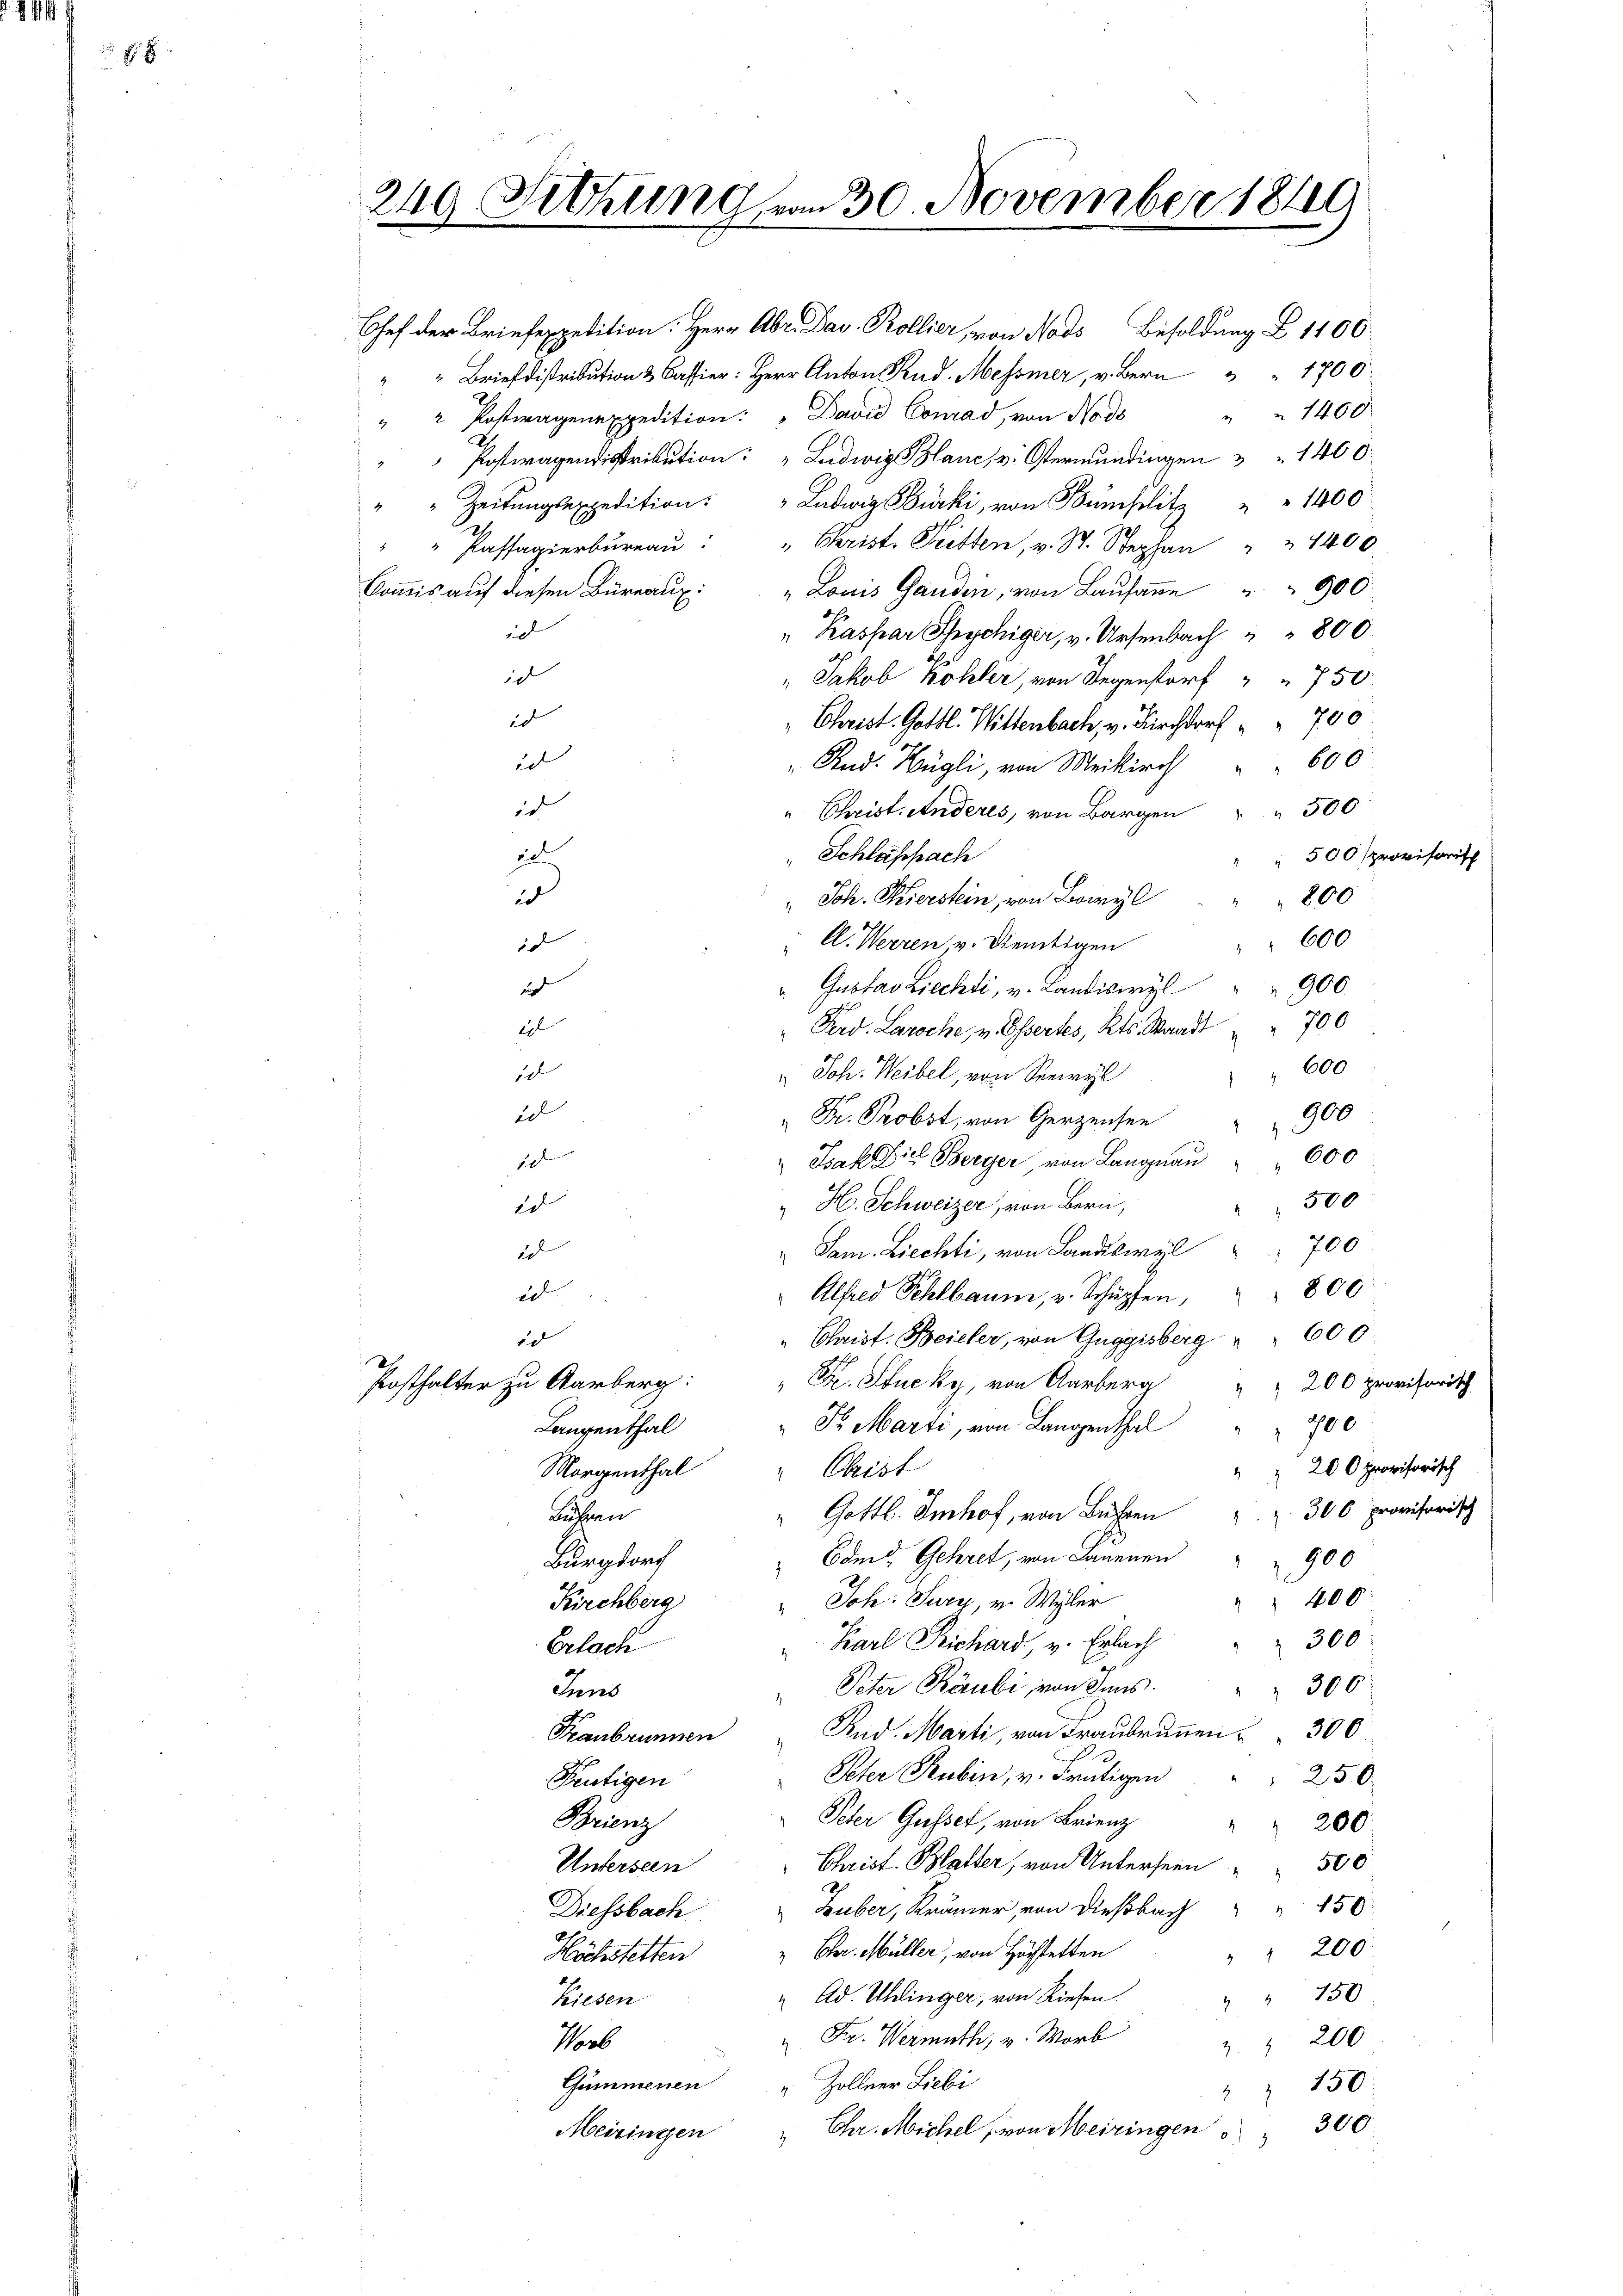
8 x

1400
" 2 Postwagenexpedition: "David Conrad, von Nods
Posttragendistribution: "Ludwig Blanc, v. Ostermundingen " " 1400
eitŭngsepedition: Ludwig Birk von Bumplitz " " 1400
"" Passagierbŭraŭ: " Christe Pretten, v. St. Stephan " " 1400
Commis auf diesen Büreaux: "Louis Ganden, von Lausanne " " 900
id
" Kaspar Shrychiger, v. Ursenbach " " 800
id
" Jakob Köhler, von Gegenstorf " " 750
id
" Christ. Gottl. Wittenbach, u. Kirchdorf " " 700
id
600
And. Hügli, von Meikirch
id
 500
" Christ. Anderes, von Bargen
ie
Schlafsach
 500 provisorisch
800
ud
" Joh. Hierstein, von Bowyl
600
 A. Herren v. Dientigen
1
900
" Gustav Liechti, v. Landiswyl
u
700
2
Ferd. Laroche, u. Ossertes, Kts. Waadt
600
id
 Joh. Weibel, von Seewyl
d
900
Dr. Probst, von Gerzeichen
auf
d
 Isak die Berger, von Langnau " 600
500
ed
 H. Schweizer, von Bern,
700
i
Sam. Liechti, von Landiswyl
id
" Alfred Fehlbaum, u. Schüpfen, " " 800
Chaist. Beieler, von Guggisberg " 600.
id
Posthalter zu arberg: " Fr. Stucky, von Aarberg " " 200 provisorisch
" Dr. Marti, von Langenthal
700
Langenthal
Morgenthal
 200 provisorisch
" Oberst
2
" Gottl. Imhof, von Bez. 306 provisorisch
Bühren
Com. Gehret, von Lauenen
Burgdorf
900
" Joh. Sury, v. Wyler
400
Kirchberg
300
Karl Richard, v. Erlach
Erlach
Peter Börubi von Inns. " " 300
Inns
Rud. Marti, von Fraubrunnen 300
Franbrunnen
Pkter Rubin, v. Frutigen
250
Feutigen
Peter Gusset, von Brienz
Brienz
" " 200.
Christ. Blatter, von Unterseen " " 500
Unterseen
Diessbach Huber, Krämer, von Dießbach " " 150:
.
 200
" Chr. Müller, von Höchstetten
Höchstetten
" 150
" Ad. Uhlinger, von Riesen.
Kiesen
 Fr. Wermuth, v. Worb
Verb
3. " 200
Gummenen " Zollner Liebi
150
.
4
300.
Meiringen
" Chr. Michel, von Meiringen

249 Sitzung vom 30. November 1819

Chef der Briefexpedition: Herr Abr. Dav. Rollier, von Nads Besoldung § 1100.
" " Brief distribution & Cassier: Herr Anton Rud. Messner, v. Bern " " 1700.